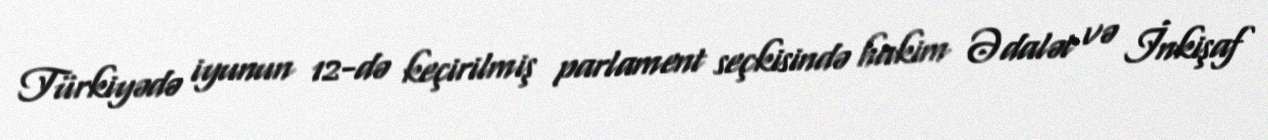
Türkiyədə iyunun 12-də keçirilmiş parlament seçkisində hakim Ədalət və İnkişaf